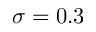
\sigma = 0 . 3